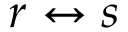
r \leftrightarrow s